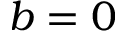
b = 0